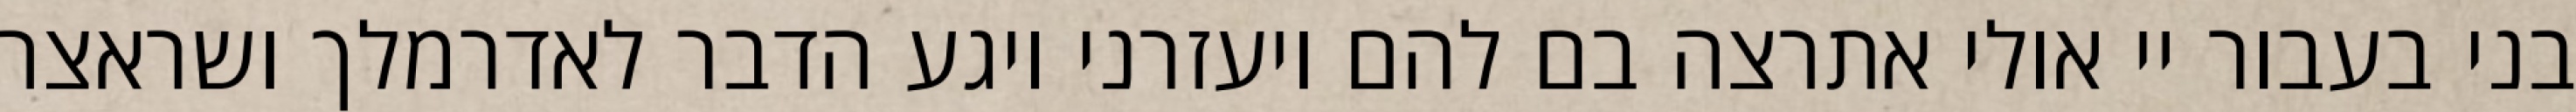
בני בעבור יי אולי אתרצה בם להם ויעזרני ויגע הדבר לאדרמלך ושראצר